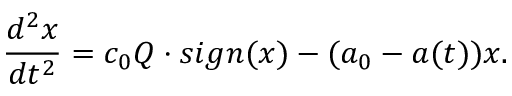
\frac { d ^ { 2 } x } { d t ^ { 2 } } = c _ { 0 } Q \cdot s i g n ( x ) - ( a _ { 0 } - a ( t ) ) x .